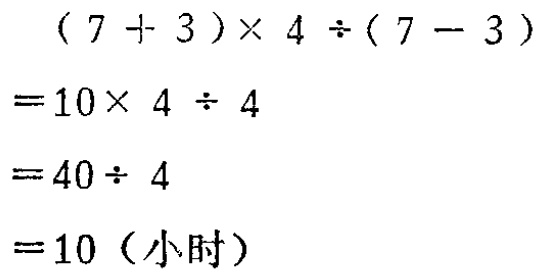
\((7 + 3)\times 4\div(7 - 3)\)

\(=10\times 4\div 4\)

\(=40\div 4\)

\(=10 \text{（小时）}\)